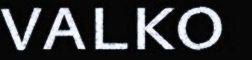
valko